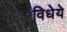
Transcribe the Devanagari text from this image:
विधेये